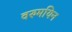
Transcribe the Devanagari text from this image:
वरुमयिन